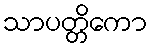
သာပတ္တိကော